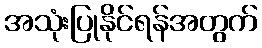
အသုံးပြုနိုင်ရန်အတွက်